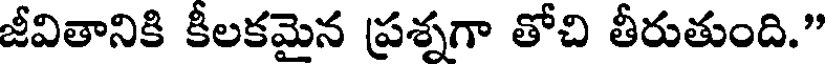
జీవితానికి కీలకమైన ప్రశ్నగా తోచి తీరుతుంది."